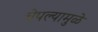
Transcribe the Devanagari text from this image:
चेपल्यामुळे